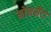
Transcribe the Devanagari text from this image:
मोनसैंटो